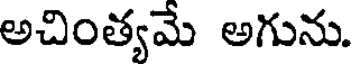
అచింత్యమే అగును.